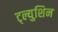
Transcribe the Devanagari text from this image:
ट्ल्युशिन